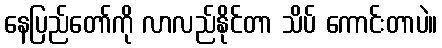
နေပြည်တော်ကို လာလည်နိုင်တာ သိပ် ကောင်းတာပဲ။